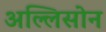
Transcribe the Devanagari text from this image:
अल्लिसोन